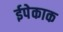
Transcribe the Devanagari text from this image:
ईपेकाक